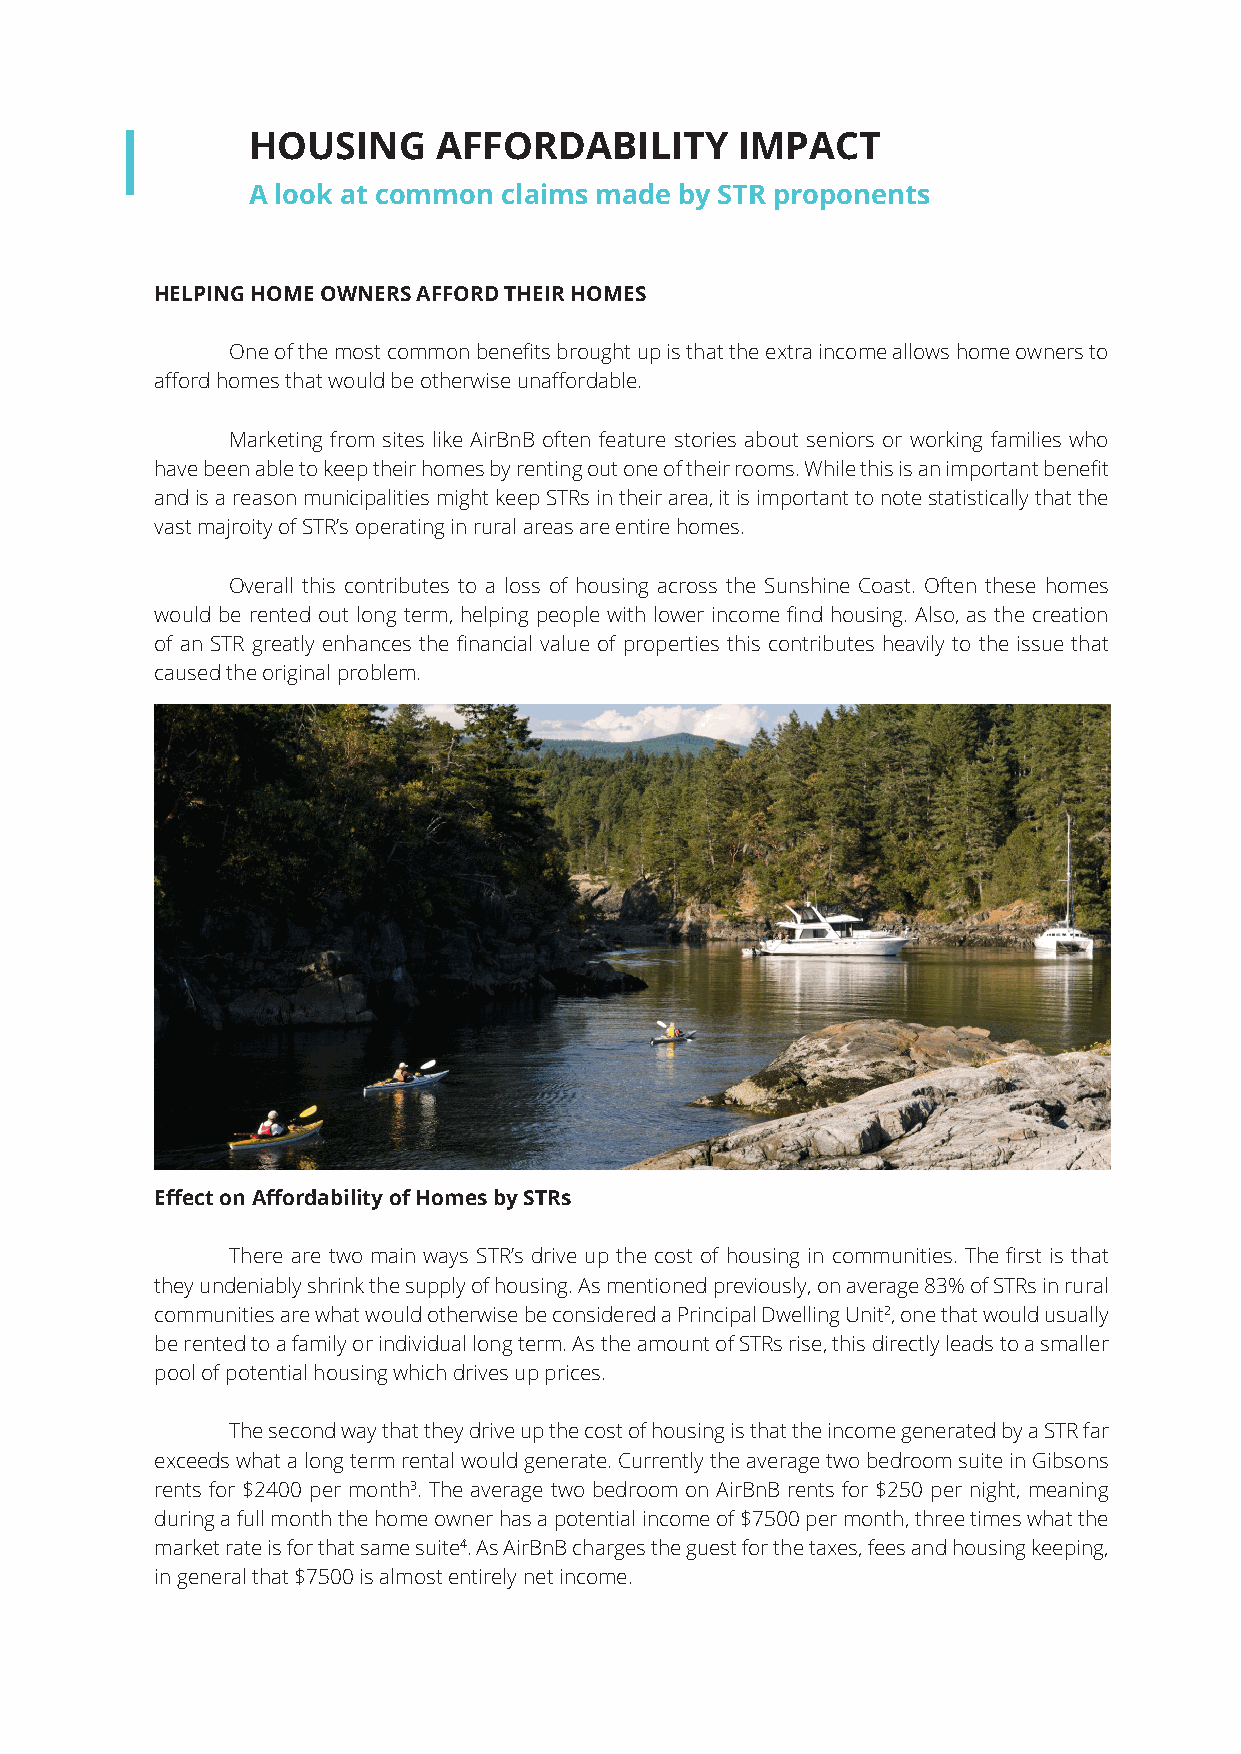
HOUSING      AFFORDABILITY       IMPACT
 A look at common claims made by STR proponents
 HELPING HOME OWNERS AFFORD THEIR HOMES
 One of the most common benefits brought up is that the extra income allows home owners to
 afford homes that would be otherwise unaffordable.
 Marketing from sites like AirBnB often feature stories about seniors or working families who
 have been able to keep their homes by renting out one of their rooms. While this is an important benefit
 and is a reason municipalities might keep STRs in their area, it is important to note statistically that the
 vast majroity of STR’s operating in rural areas are entire homes.
 Overall this contributes to a loss of housing across the Sunshine Coast. Often these homes
 would be rented out long term, helping people with lower income find housing. Also, as the creation
 of an STR greatly enhances the financial value of properties this contributes heavily to the issue that
 caused the original problem.
 Effect on Affordability of Homes by STRs
 There are two main ways STR’s drive up the cost of housing in communities. The first is that
 they undeniably shrink the supply of housing. As mentioned previously, on average 83% of STRs in rural
 communities are what would otherwise be considered a Principal Dwelling Unit2, one that would usually
 be rented to a family or individual long term. As the amount of STRs rise, this directly leads to a smaller
 pool of potential housing which drives up prices.
 The second way that they drive up the cost of housing is that the income generated by a STR far
 exceeds what a long term rental would generate. Currently the average two bedroom suite in Gibsons
 rents for $2400 per month3. The average two bedroom on AirBnB rents for $250 per night, meaning
 during a full month the home owner has a potential income of $7500 per month, three times what the
 market rate is for that same suite4. As AirBnB charges the guest for the taxes, fees and housing keeping,
 in general that $7500 is almost entirely net income.
 Web design & development for Company Name 7